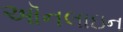
ઑનલાઇન